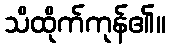
သိထိုက်ကုန်၏။